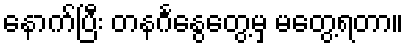
နောက်ပြီး တနင်္ဂနွေတွေ့မှ မတွေ့ရတာ။